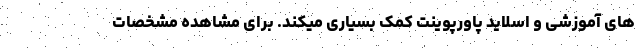
های آموزشی و اسلاید پاورپوینت کمک بسیاری میکند. برای مشاهده مشخصات